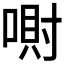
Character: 𪡮